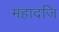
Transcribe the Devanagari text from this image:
महादजि